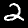
Digit: 2